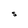
Character: S